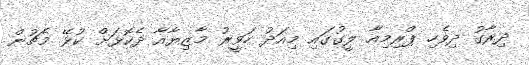
ދިރާގު ދިވެހި ޕްރިމިއާ ލީގުގައި މިއަދު ހަވީރު މާޒިޔާއާ ދެކޮޅަށް ކުޅޭ މެޗުން